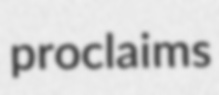
proclaims